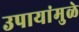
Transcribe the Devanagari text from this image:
उपायांमुळे